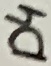
Text: D4